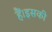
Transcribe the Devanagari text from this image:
हैं।इसकी